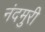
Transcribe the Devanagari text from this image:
नंदमुरी